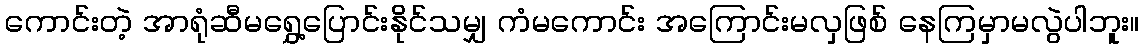
ကောင်းတဲ့ အာရုံဆီမရွှေ့ပြောင်းနိုင်သမျှ ကံမကောင်း အကြောင်းမလှဖြစ် နေကြမှာမလွဲပါဘူး။